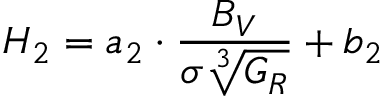
{ H _ { 2 } = a _ { 2 } \cdot \frac { B _ { V } } { \sigma \sqrt [ 3 ] { G _ { R } } } + b _ { 2 } }